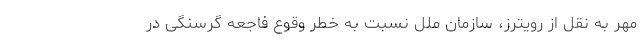
مهر به نقل از رویترز، سازمان ملل نسبت به خطر وقوع فاجعه گرسنگی در